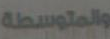
والمتوسطة